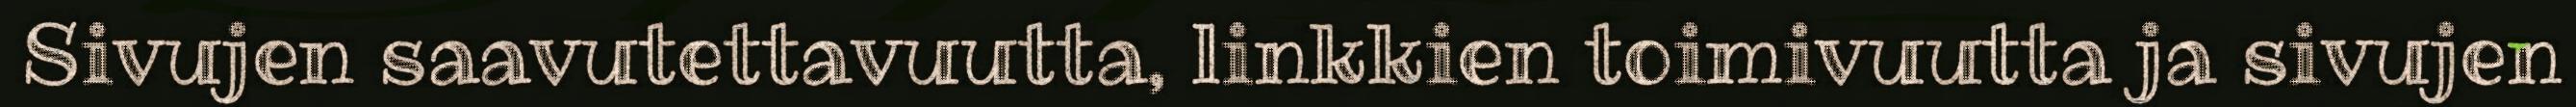
Sivujen saavutettavuutta, linkkien toimivuutta ja sivujen